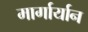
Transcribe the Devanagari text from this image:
मार्गार्यान